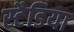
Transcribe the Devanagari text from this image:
स्टैडिया